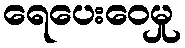
ရေပေးဝေမှု